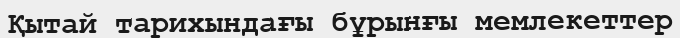
Қытай тарихындағы бұрынғы мемлекеттер